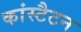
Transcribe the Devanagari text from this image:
कांस्टैटन